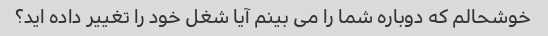
خوشحالم که دوباره شما را می بینم آیا شغل خود را تغییر داده اید؟